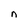
Character: n